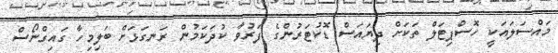
މައްސަލައަކީ ހޮސްޕިޓަލް ތަކަށް ދިޔައަސް ޑޮކުޓަރުންގެ ފަރުވާ ކުދަކަމުން ރަނގަޅަށް ބަލިމިހާ ގައިގްނޯސް